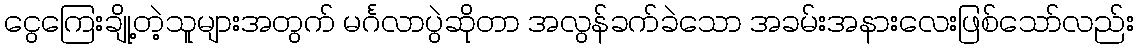
ငွေကြေးချို့တဲ့သူများအတွက် မင်္ဂလာပွဲဆိုတာ အလွန်ခက်ခဲသော အခမ်းအနားလေးဖြစ်သော်လည်း